Civil Veterinary Dept. Bombay admin report 1932-41 - 1932-1941
Year: 1932
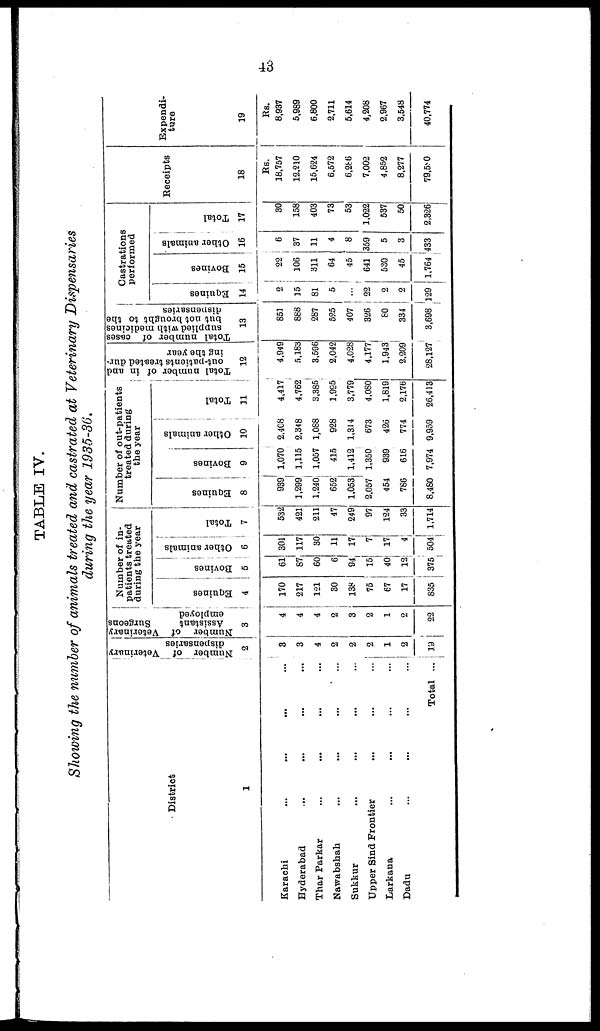
43
TABLE IV.
Showing the number of animals treated and castrated at Veterinary Dispensaries
during the year 1935-36.
District
1
Karachi
...
...
... ...
Hyderabad ... ... ... ...
Thar Parkar ... ... ... ...
Nawabshah ... ... ... ...
Sukkur ... ... ... ...
Upper Sind Frontier ... ... ...
Larkana ... ... ... ...
Dadu
...
... ... ...
Total ...
Number of Veterinary
dispensaries
2
3
3
4
2
2
2
1
2
19
Number of Veterinary
Assistant
Surgeons
employed
3
4
4
4
2
3
2
1
2
22
Number of in-
patients treated
during the year
Equines
4
170
217
121
30
138
75
67
17
835
Bovines
5
61
87
60
6
94
15
40
12
375
Other animals
6
301
117
30
11
17
7
17
4
504
Total
7
532
421
211
47
249
97
124
33
1,714
Number of out-patients
treated during
the year
Equines
8
939
1,299
1,240
652
1,053
2,057
454
786
8,480
Bovines
9
1,070
1,115
1,057
415
1,412
1,350
939
616
7,974
Other animals
10
2,408
2,348
1,088
928
1,314
673
426
774
9,959
Total
11
4,417
4,762
8,385
1,995
3,779
4,080
1,819
2,176
26,413
Total number of in and
out-patients treated dur-
ing the year
12
4,949
5,183
3,596
2,042
4,028
4,177
1,943
2,209
28,127
Total number of cases
supplied with medicines
but not brought to the
dispensaries
13
851
888
287
525
407
326
80
334
3,698
Castrations
performed
Equines
14
2
15
81
5
...
22
2
2
129
Bovines
15
22
106
311
64
45
641
530
45
1,764
Other animals
16
6
37
11
4
8
359
5
3
433
Total
17
30
158
403
73
53
1,022
537
50
2,326
Receipts
18
Rs.
18,757
12,210
15,624
6,572
6,286
7,002
4,852
8,277
79,580
Expendi-
ture
19
Rs.
8,937
5,989
6,800
2,711
5,614
4,208
2,967
3,548
40,774